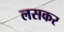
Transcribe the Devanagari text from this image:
लसकर